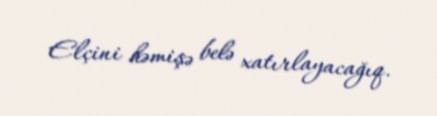
Elçini həmişə belə xatırlayacağıq.